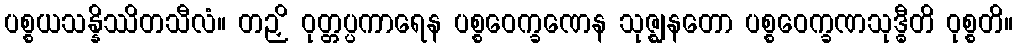
ပစ္စယသန္နိဿိတသီလံ။ တဉှိ ဝုတ္တပ္ပကာရေန ပစ္စဝေက္ခဏေန သုဇ္ဈနတော ပစ္စဝေက္ခဏသုဒ္ဓီတိ ဝုစ္စတိ။